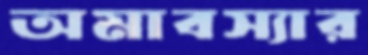
অমাবস্যার